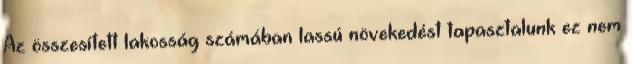
Az összesített lakosság számában lassú növekedést tapasztalunk ez nem